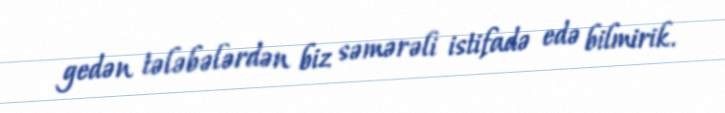
gedən tələbələrdən biz səmərəli istifadə edə bilmirik.